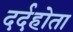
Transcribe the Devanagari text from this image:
दर्दहोता